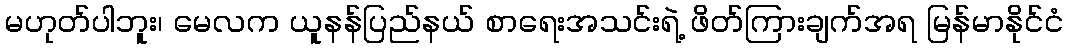
မဟုတ်ပါဘူး၊ မေလက ယူနန်ပြည်နယ် စာရေးအသင်းရဲ့ ဖိတ်ကြားချက်အရ မြန်မာနိုင်ငံ